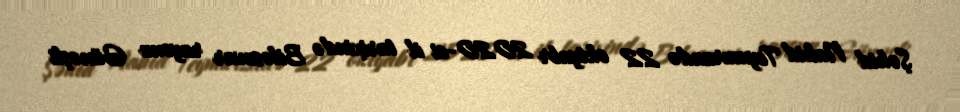
Şəhid Nahid Teymurzadə 22 oktyabr 2020-ci il tarixində Biləsuvar rayonu Günəşli